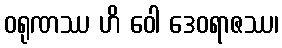
ဝရုဏဿ ဟိ ဝေါ ဒေဝရာဇဿ၊